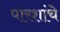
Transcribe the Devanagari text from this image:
पारशांचे